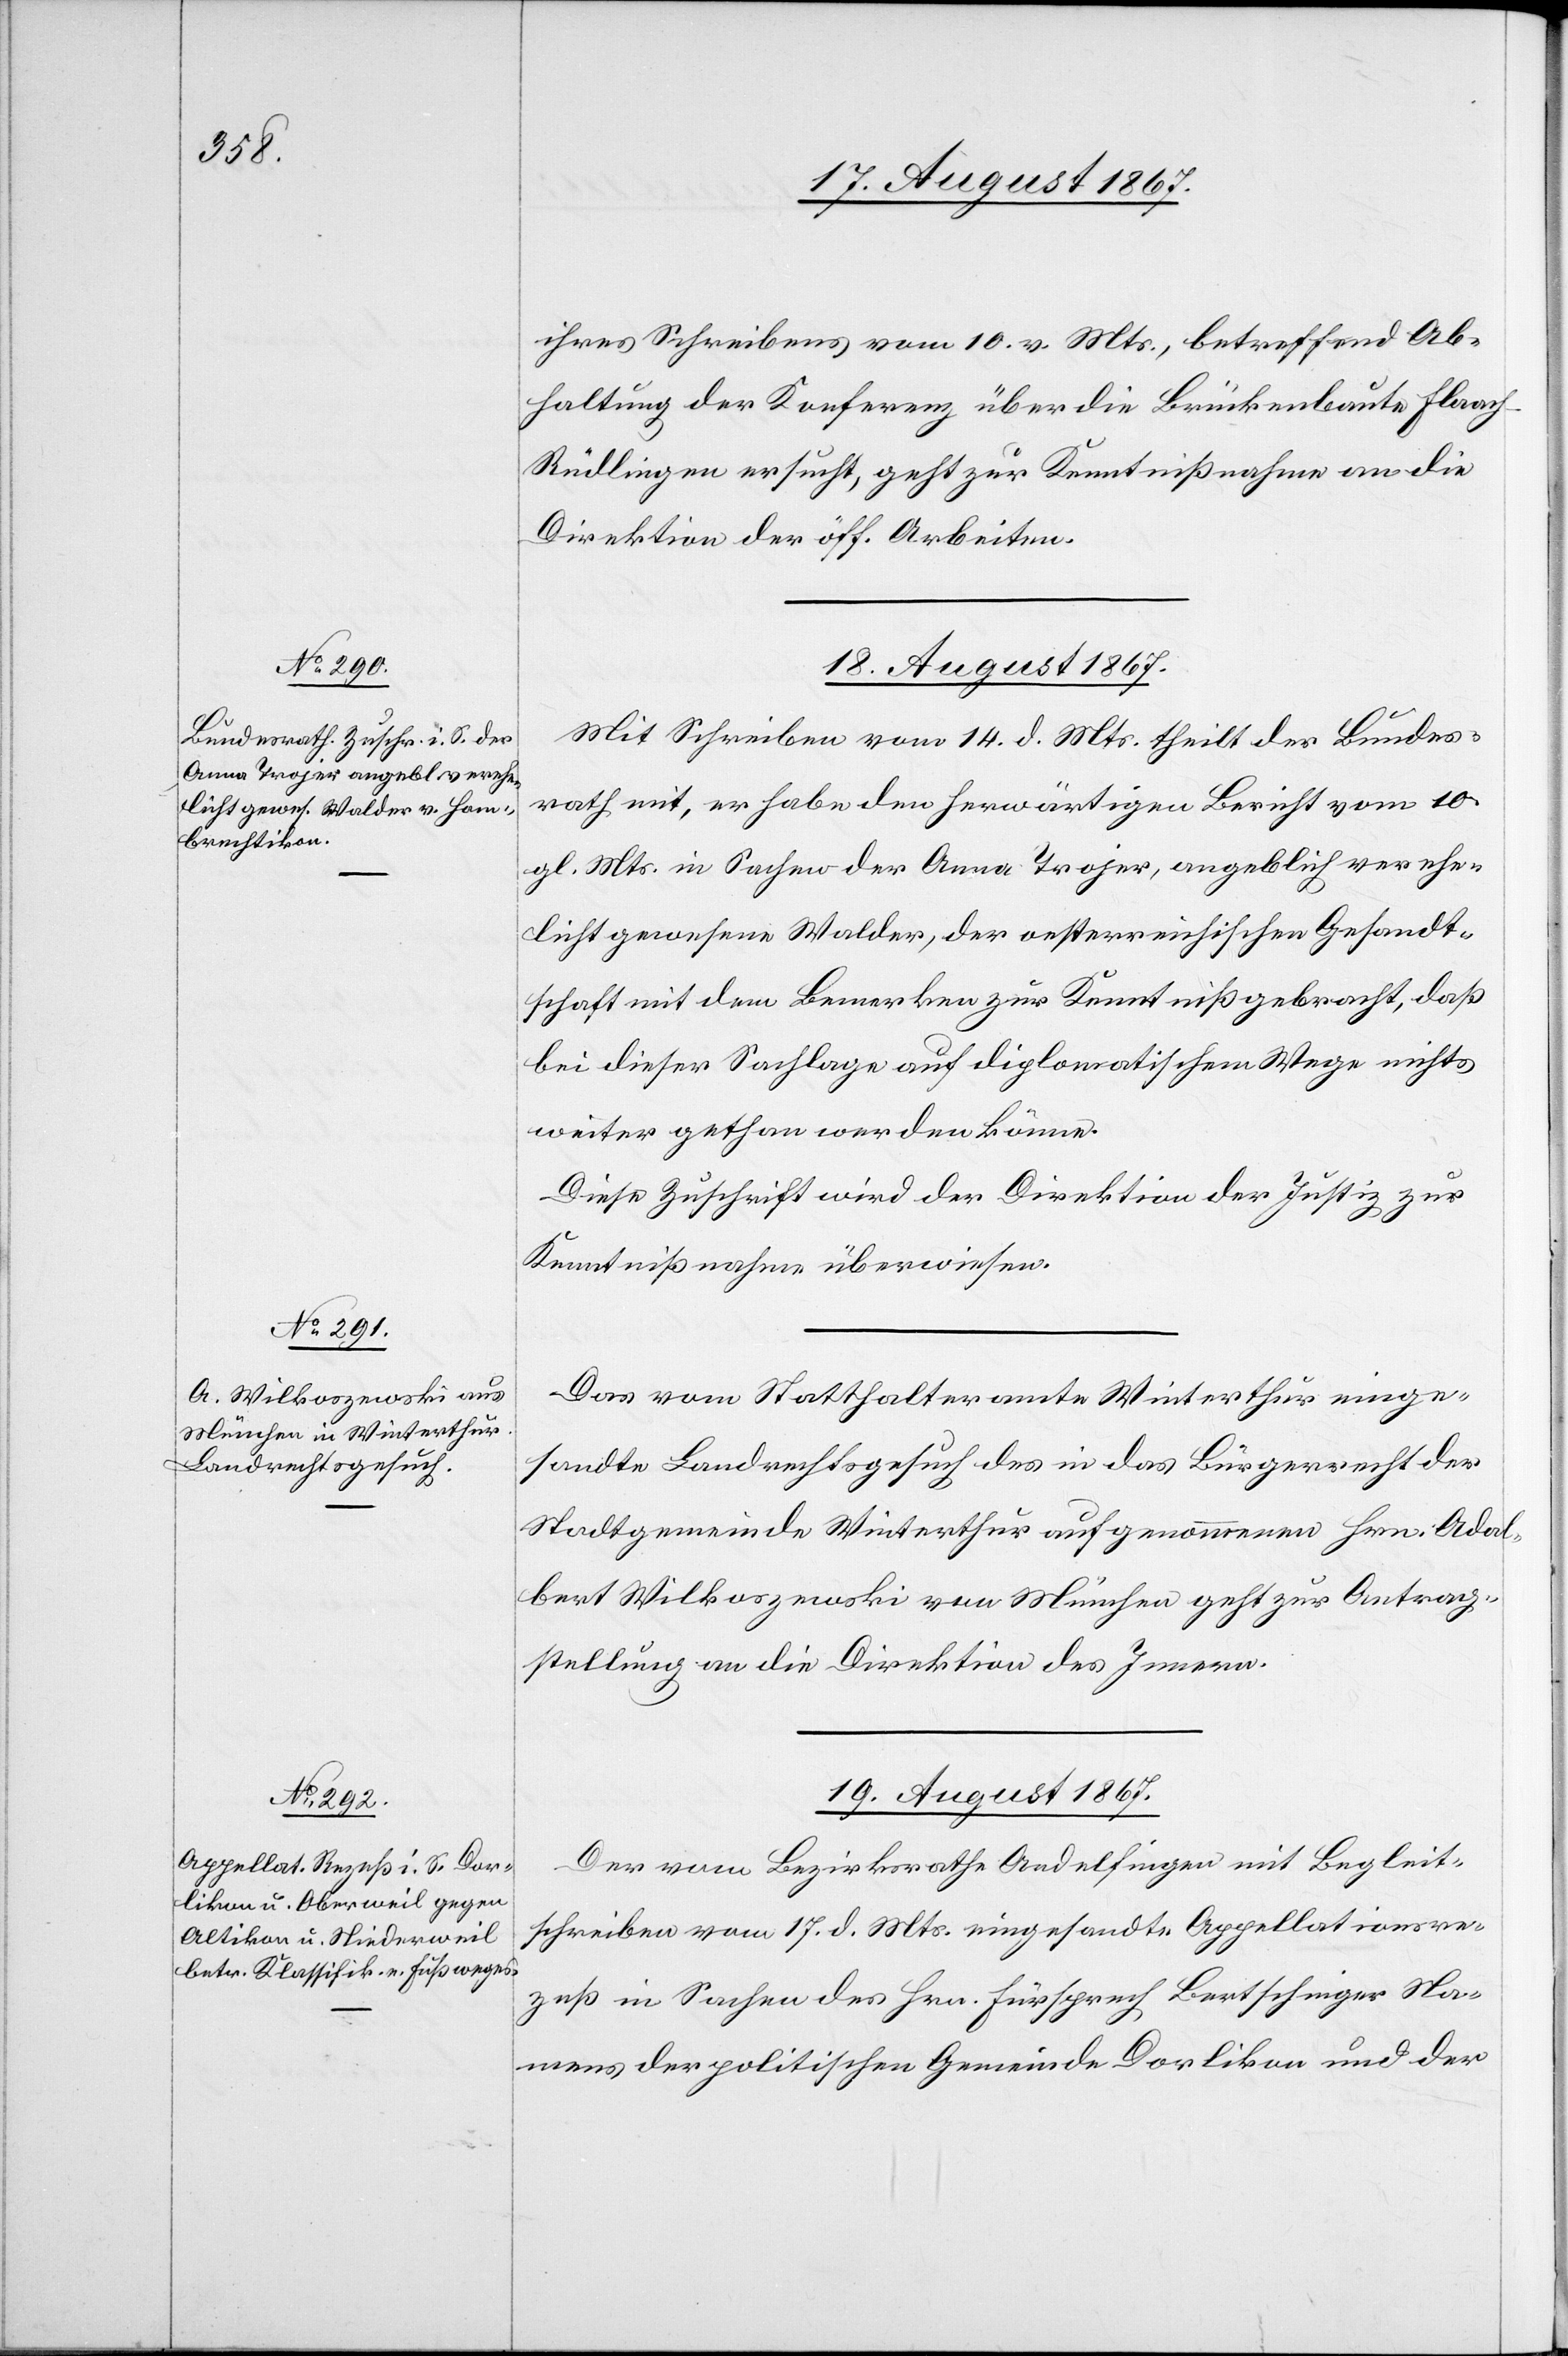
ihres Schreibens vom 10. v. Mts., betreffend Ab¬
haltung der Konferenz über die Brückenbaute Flaach–R¬
üdlingen ersucht, geht zur Kenntnißnahme an die
Direktion der öff. Arbeiten.
18. August 1867.]
Mit Schreiben vom 14. d. Mts. theilt der Bundes¬
rath mit, er habe den herwärtigen Bericht vom 10.
gl. Mts. in Sachen der Anna Trojer, angeblich verehe¬
licht gewesenen Walder, der oesterreichischen Gesandt¬
schaft mit dem Bemerken zur Kenntniß gebracht, daß
bei dieser Sachlage auf diplomatischem Wege nichts
weiter gethan werden könne.
Diese Zuschrift wird der Direktion der Justiz zur
Kenntnißnahme überwiesen.
Das vom Statthalteramte Winterthur einge¬
sandte Landrechtsgesuch des in das Bürgerrecht der
Stadtgemeinde Winterthur aufgenommenen Hrn. Adal¬
bert Wilkaszewski von München geht zur Antrag¬
stellung an die Direktion des Innern.
19. August 1867.
Der vom Bezirksrathe Andelfingen mit Begleit¬
schreiben vom 17. d. Mts. eingesandte Appellationsre¬
zeß in Sachen des Hrn. Fürsprech Bertschinger Na¬
mens der politischen Gemeinde Dorlikon und der